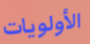
الأولويات